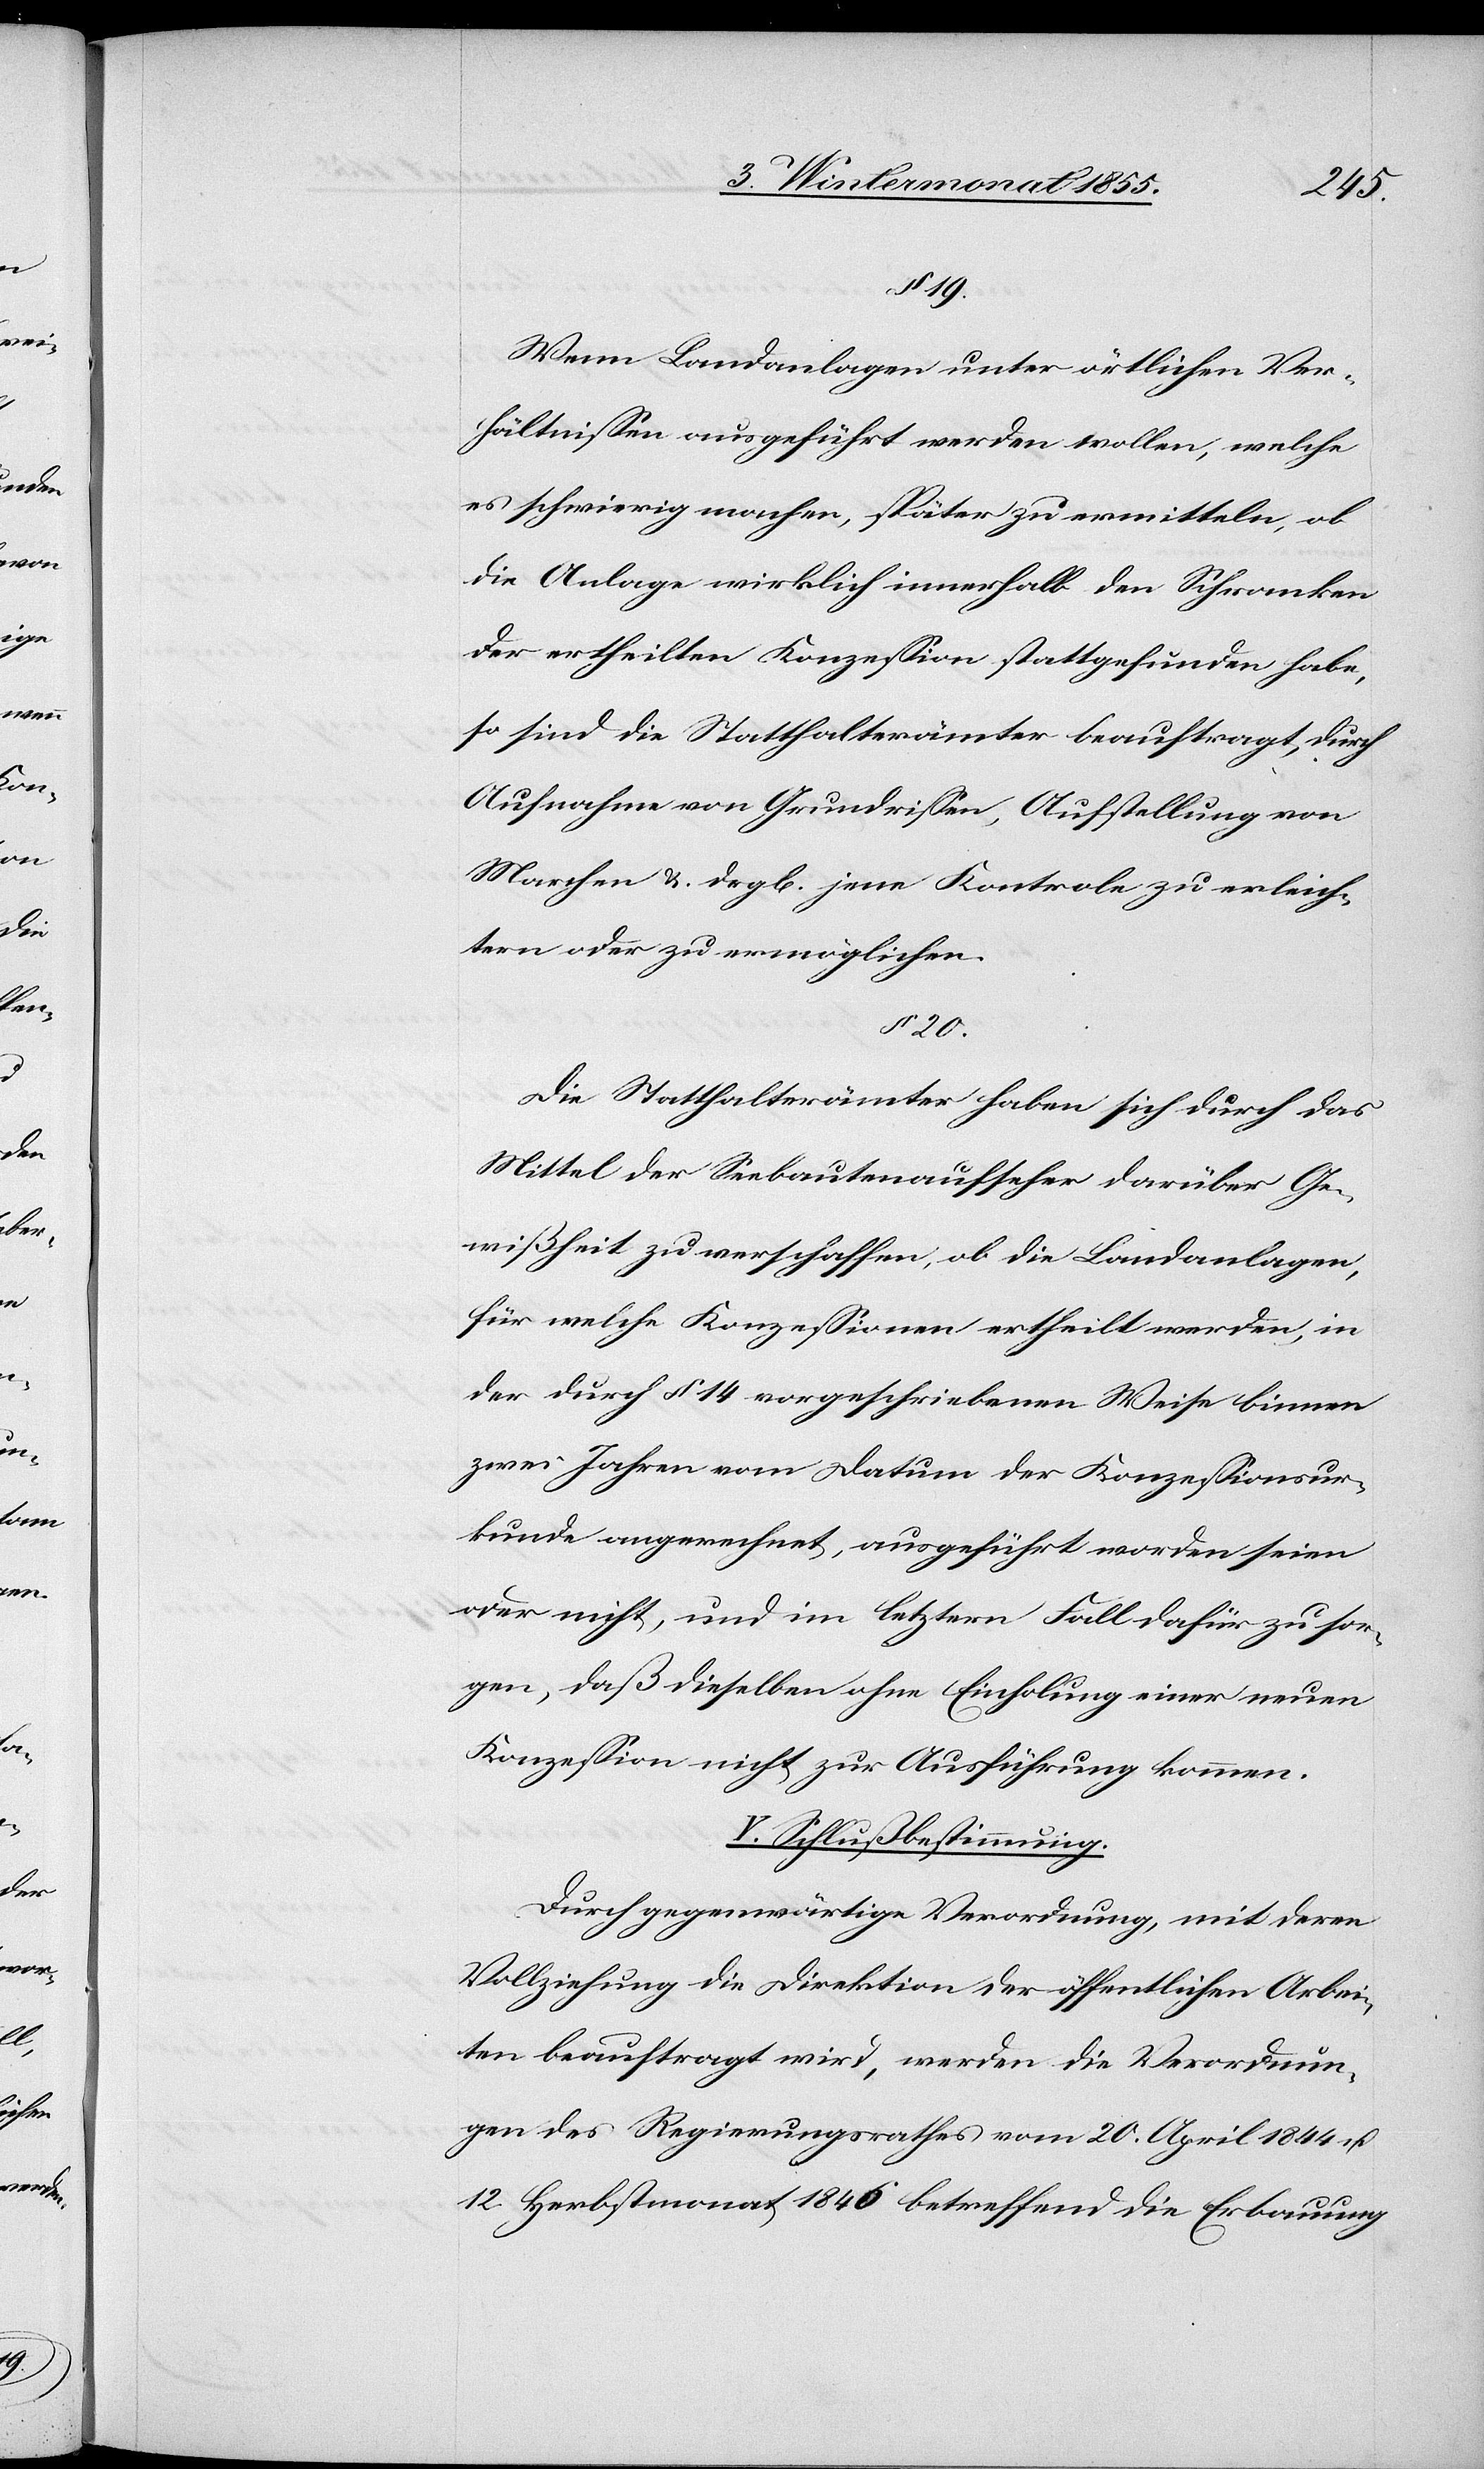
§ 19.
Wenn Landanlagen unter örtlichen Ver¬
hältnissen ausgeführt werden wollen, welche
es schwierig machen, später zu ermitteln, ob
die Anlage wirklich innerhalb den Schranken
der ertheilten Konzession stattgefunden habe,
so sind die Statthalterämter beauftragt, durch
Aufnahme von Grundrissen, Aufstellung von
Marchen & drgl[eichen] jene Kontrole zu erleich¬
tern oder zu ermöglichen.
§ 20.
Die Statthalterämter haben sich durch das
Mittel der Seebautenaufseher darüber Ge¬
wißheit zu verschaffen, ob die Landanlagen,
für welche Konzessionen ertheilt werden, in
der durch § 14 vorgeschriebenen Weise binnen
zwei Jahren vom Datum der Konzessionsur¬
kunde angerechnet, ausgeführt worden seien
oder nicht, und im letztern Fall dafür zu sor¬
gen, daß dieselben ohne Einholung einer neuen
Konzession nicht zur Ausführung kommen.
V. Schlußbestimmung.
Durch gegenwärtige Verordnung, mit deren
Vollziehung die Direktion der öffentlichen Arbei¬
ten beauftragt wird, werden die Verordnun¬
gen des Regierungsrathes vom 20. April 1844 u.
12. Herbstmonat 1846 betreffend die Erbauung